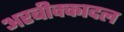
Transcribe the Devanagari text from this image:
अरबीक्कादल